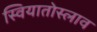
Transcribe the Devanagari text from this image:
स्वियातोस्लाव